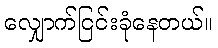
လျှောက်ငြင်းခုံနေတယ်။